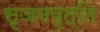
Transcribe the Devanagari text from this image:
सृजनवृत्ति